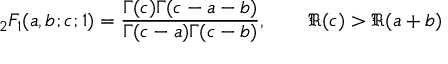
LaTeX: { } _ { 2 } F _ { 1 } ( a , b ; c ; 1 ) = { \frac { \Gamma ( c ) \Gamma ( c - a - b ) } { \Gamma ( c - a ) \Gamma ( c - b ) } } , \qquad \Re ( c ) > \Re ( a + b )